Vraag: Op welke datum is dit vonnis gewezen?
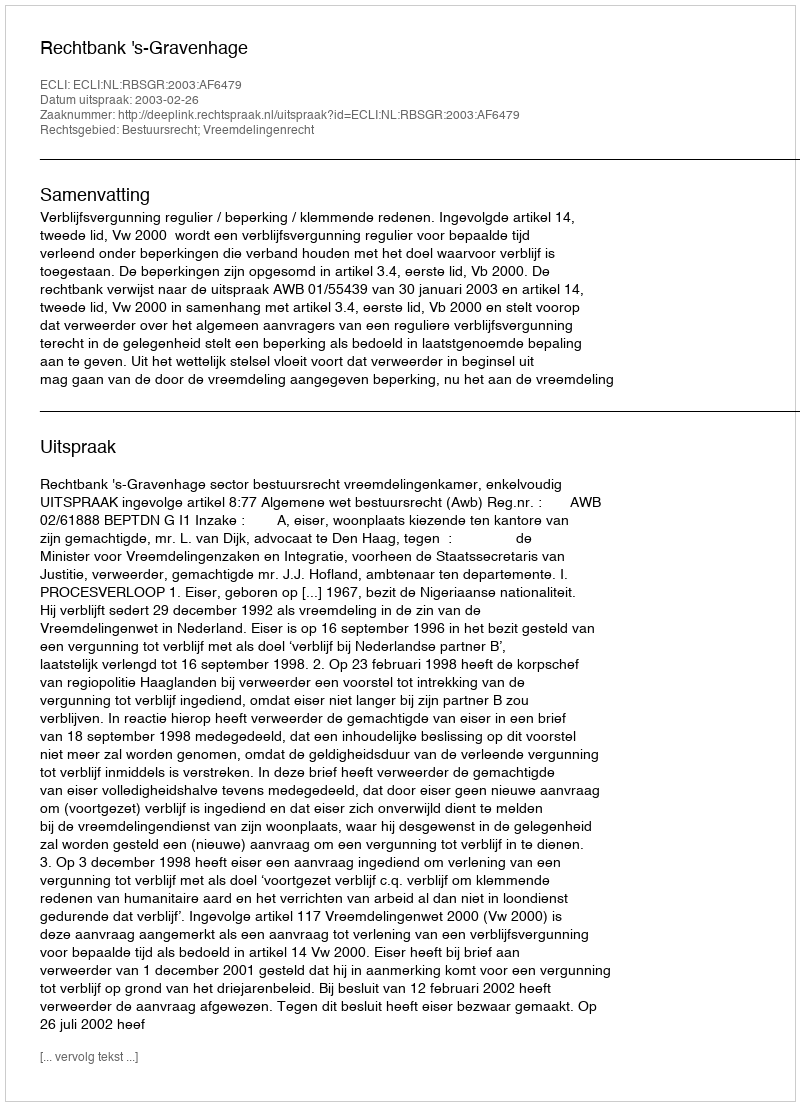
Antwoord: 2003-02-26